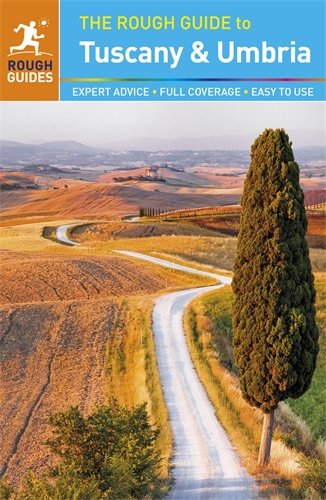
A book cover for The Rough Guide to Tuscany and Umbria; Mark Ellingham; Travel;